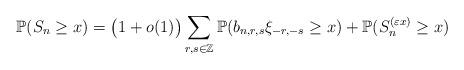
LaTeX: \begin{align*} \mathbb{P}(S_{n}\geq x)= \big(1+o(1)\big) \sum_{r,s\in\mathbb{Z}}\mathbb{P}(b_{n,r,s}\xi_{-r, -s}\geq x)+\mathbb{P}(S_{n}^{(\varepsilon x)}\geq x)\end{align*}